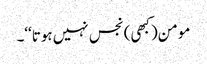
مومن(کبھی) نجس نہیں ہوتا‘‘۔